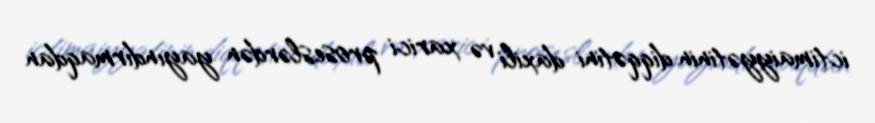
ictimaiyyətinin diqqətini daxili və xarici proseslərdən yayındırmaqdan